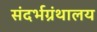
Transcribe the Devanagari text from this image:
संदर्भग्रंथालय